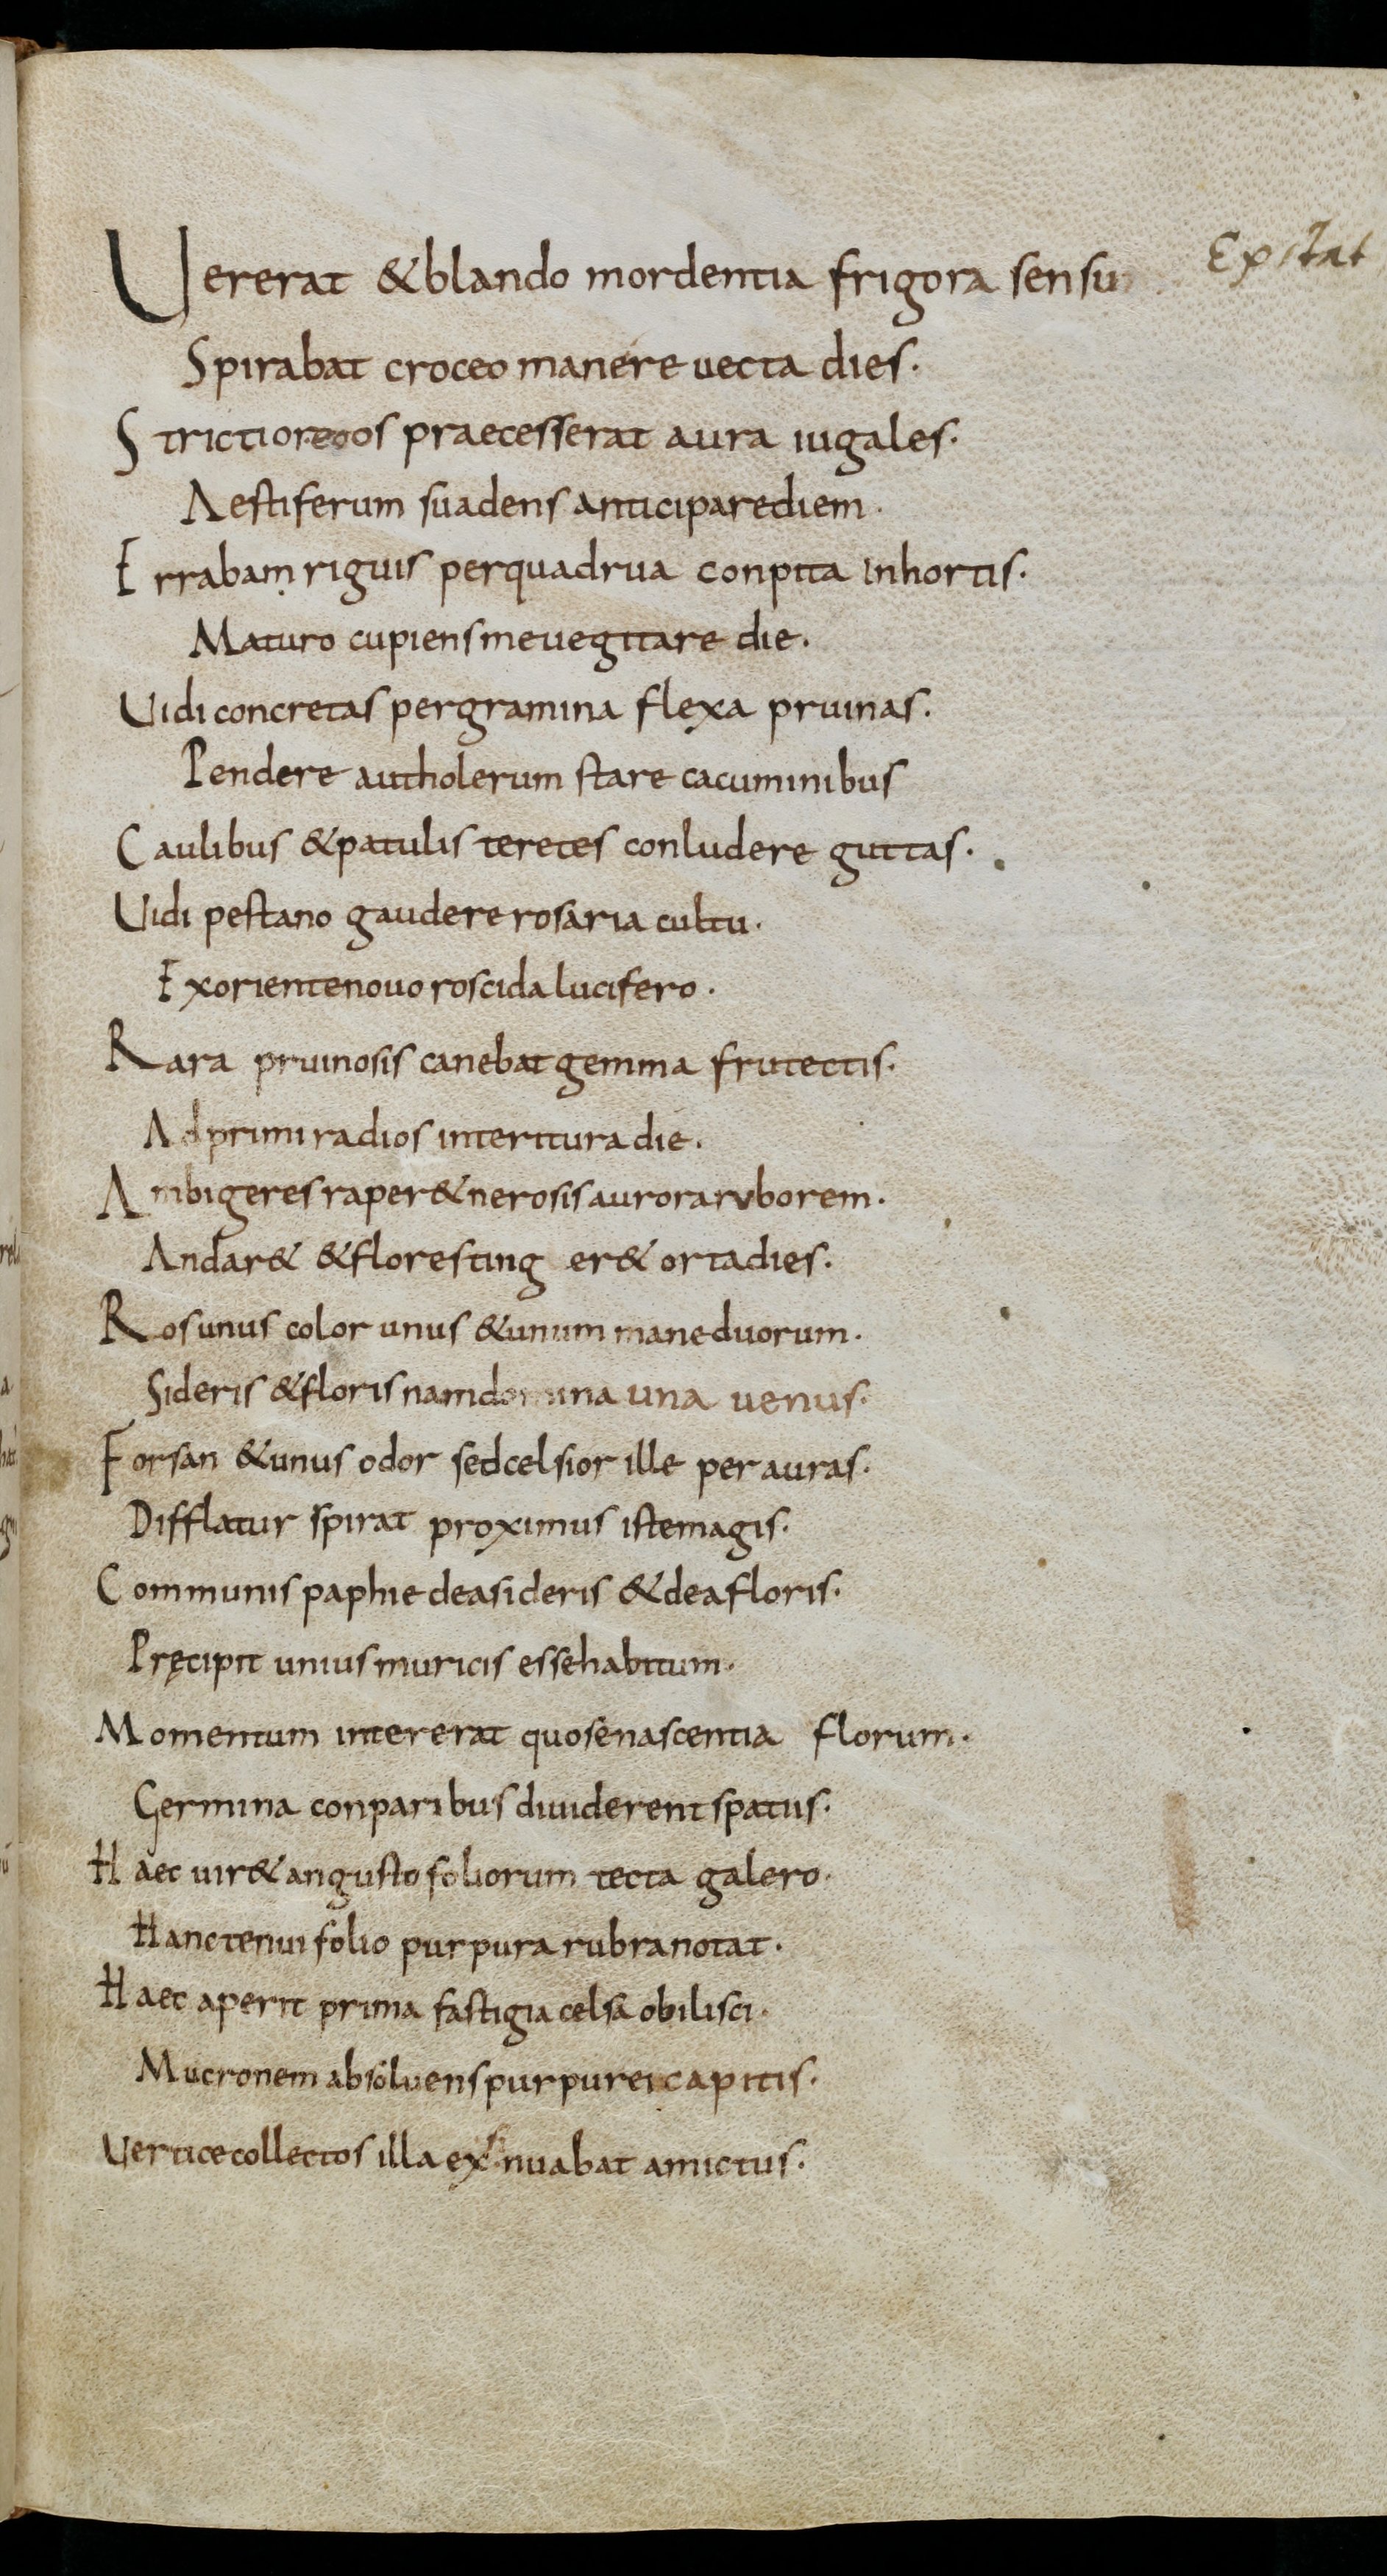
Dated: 835–865